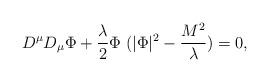
LaTeX: \begin{align*}D^{\mu} D_{\mu}\Phi + \frac{\lambda}{2}\Phi\; ( |\Phi|^{2} - \frac{M^2}{\lambda} ) = 0,\end{align*}